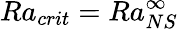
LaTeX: Ra_{crit}=Ra_{NS}^{\infty}